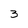
Character: 3